Annual report of the Central Committee of the Association together with the report of the directors of the Pasteur Institute at Kasauli
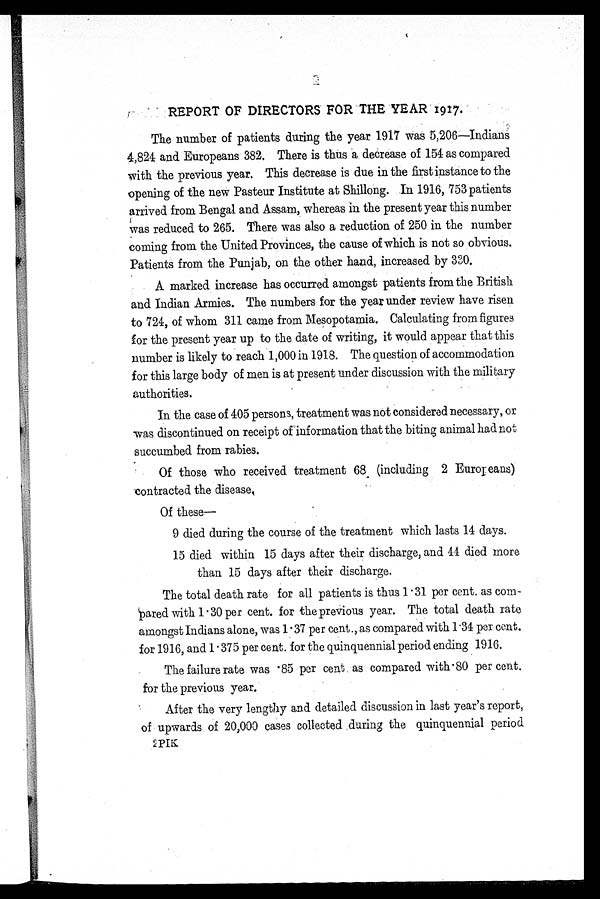
REPORT OF DIRECTORS FOR THE YEAR 1917.
The number of patients during the year 1917 was 5,206—Indians
4,824 and Europeans 382. There is thus a decrease of 154 as compared
with the previous year. This decrease is due in the firstinstance to the
opening of the new Pasteur Institute at Shillong. In 1916, 753 patients
arrived from Bengal and Assam, whereas in the present year this number
was reduced to 265. There was also a reduction of 250 in the number
coming from the United Provinces, the cause of which is not so obvious.
Patients from the Punjab, on the other hand, increased by 330.
A marked increase has occurred amongst patients from the British
and Indian Armies. The numbers for the year under review have risen
to 724, of whom 311 came from Mesopotamia. Calculating from figures
for the present year up to the date of writing, it would appear that this
number is likely to reach 1,000 in 1918. The question of accommodation
for this large body of men is at present under discussion with the military
authorities.
In the case of 405 persons, treatment was not considered necessary, or
was discontinued on receipt of information that the biting animal had not
succumbed from rabies.
Of those who received treatment 68 (including 2 Europeans)
contracted the disease,
•
Of these —
9 died during the course of the treatment which lasts 14 days.
15 died within 15 days after their discharge, and 44 died more
than 15 days after their discharge.
The total death rate for all patients is thus 1·31 per cent. as co
m -
pared with 1·30 per cent. for the previous year. The total death rate
amongst Indians alone, was 1·37 per cent., as compared with 1·34 per cent.
for 1916, and 1·375 per cent. for the quinquennial period ending 1916.
The failure rate was ·85 per cent as compared with ·80 per cent.
for the previous year.
After the very lengthy and detailed discussion in last year's report,
of upwards of 20,000 cases collected during the quinquennial period